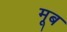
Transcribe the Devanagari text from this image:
मूब